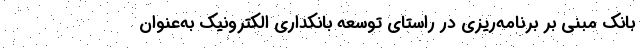
بانک مبنی بر برنامه‌ریزی در راستای توسعه بانکداری الکترونیک به‌عنوان